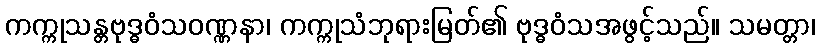
ကက္ကုသန္တဗုဒ္ဓဝံသဝဏ္ဏနာ၊ ကက္ကုသံဘုရားမြတ်၏ ဗုဒ္ဓဝံသအဖွင့်သည်။ သမတ္တာ၊